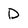
Character: D